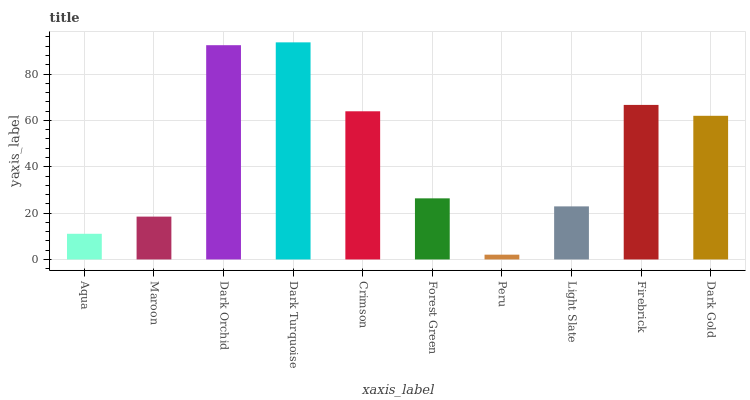
| xaxis_label | bars |
 | --- | --- |
 | Aqua | 11.1 |
 | Maroon | 18.5 |
 | Dark Orchid | 92.4 |
 | Dark Turquoise | 93.7 |
 | Crimson | 63.9 |
 | Forest Green | 26.4 |
 | Peru | 2.07 |
 | Light Slate | 22.9 |
 | Firebrick | 66.7 |
 | Dark Gold | 62 |